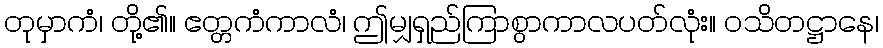
တုမှာကံ၊ တို့၏။ ဧတ္တကံကာလံ၊ ဤမျှရှည်ကြာစွာကာလပတ်လုံး။ ဝသိတဋ္ဌာနေ၊